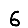
Digit: 6